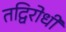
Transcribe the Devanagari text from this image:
तद्विरोधी